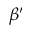
\beta ^ { \prime }